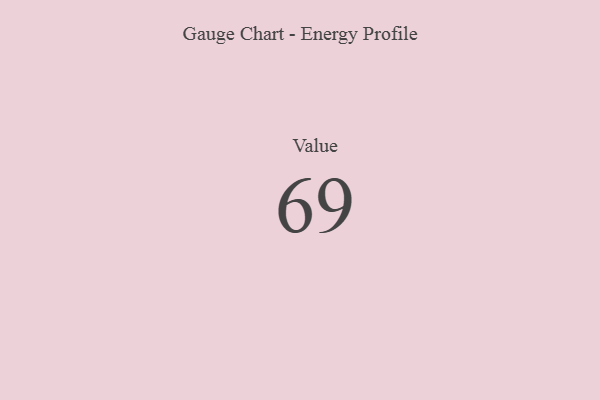
{"axis": {"x": "Metric", "y": "Value"}, "legend": [""], "data": [{"x": "Value", "y": 69, "type": ""}]}